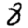
Digit: 8